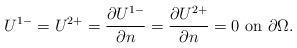
LaTeX: \begin{align*} U^{1-}=U^{2+}=\frac{\partial U^{1-}}{\partial n}=\frac{\partial U^{2+}}{\partial n}=0 \ \mbox{on } \partial \Omega.\end{align*}